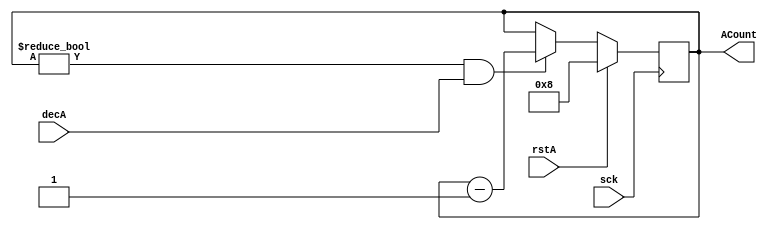
module counterAddr_4bit(ACount,sck,decA,rstA);

output reg [3:0] ACount;
input sck,rstA,decA;

initial begin
ACount <= 4'b1000;
end

always @(posedge sck)

begin
	if(rstA)
		begin
		ACount <= 4'b1000;
		end

	else
	begin
        if(ACount != 4'b0000 && decA) 
        begin  
        	if(!ACount)
        	begin
        		ACount <= 4'b1000;
        	end
		    ACount <= ACount - 1;
        end
    end
end
endmodule